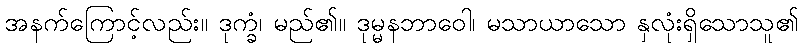
အနက်ကြောင့်လည်း။ ဒုက္ခံ၊ မည်၏။ ဒုမ္မနဘာဝေါ၊ မသာယာသော နှလုံးရှိသောသူ၏